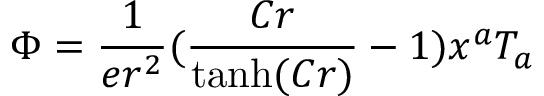
\Phi = \frac { 1 } { e r ^ { 2 } } ( \frac { C r } { \operatorname { t a n h } ( C r ) } - 1 ) x ^ { a } T _ { a }